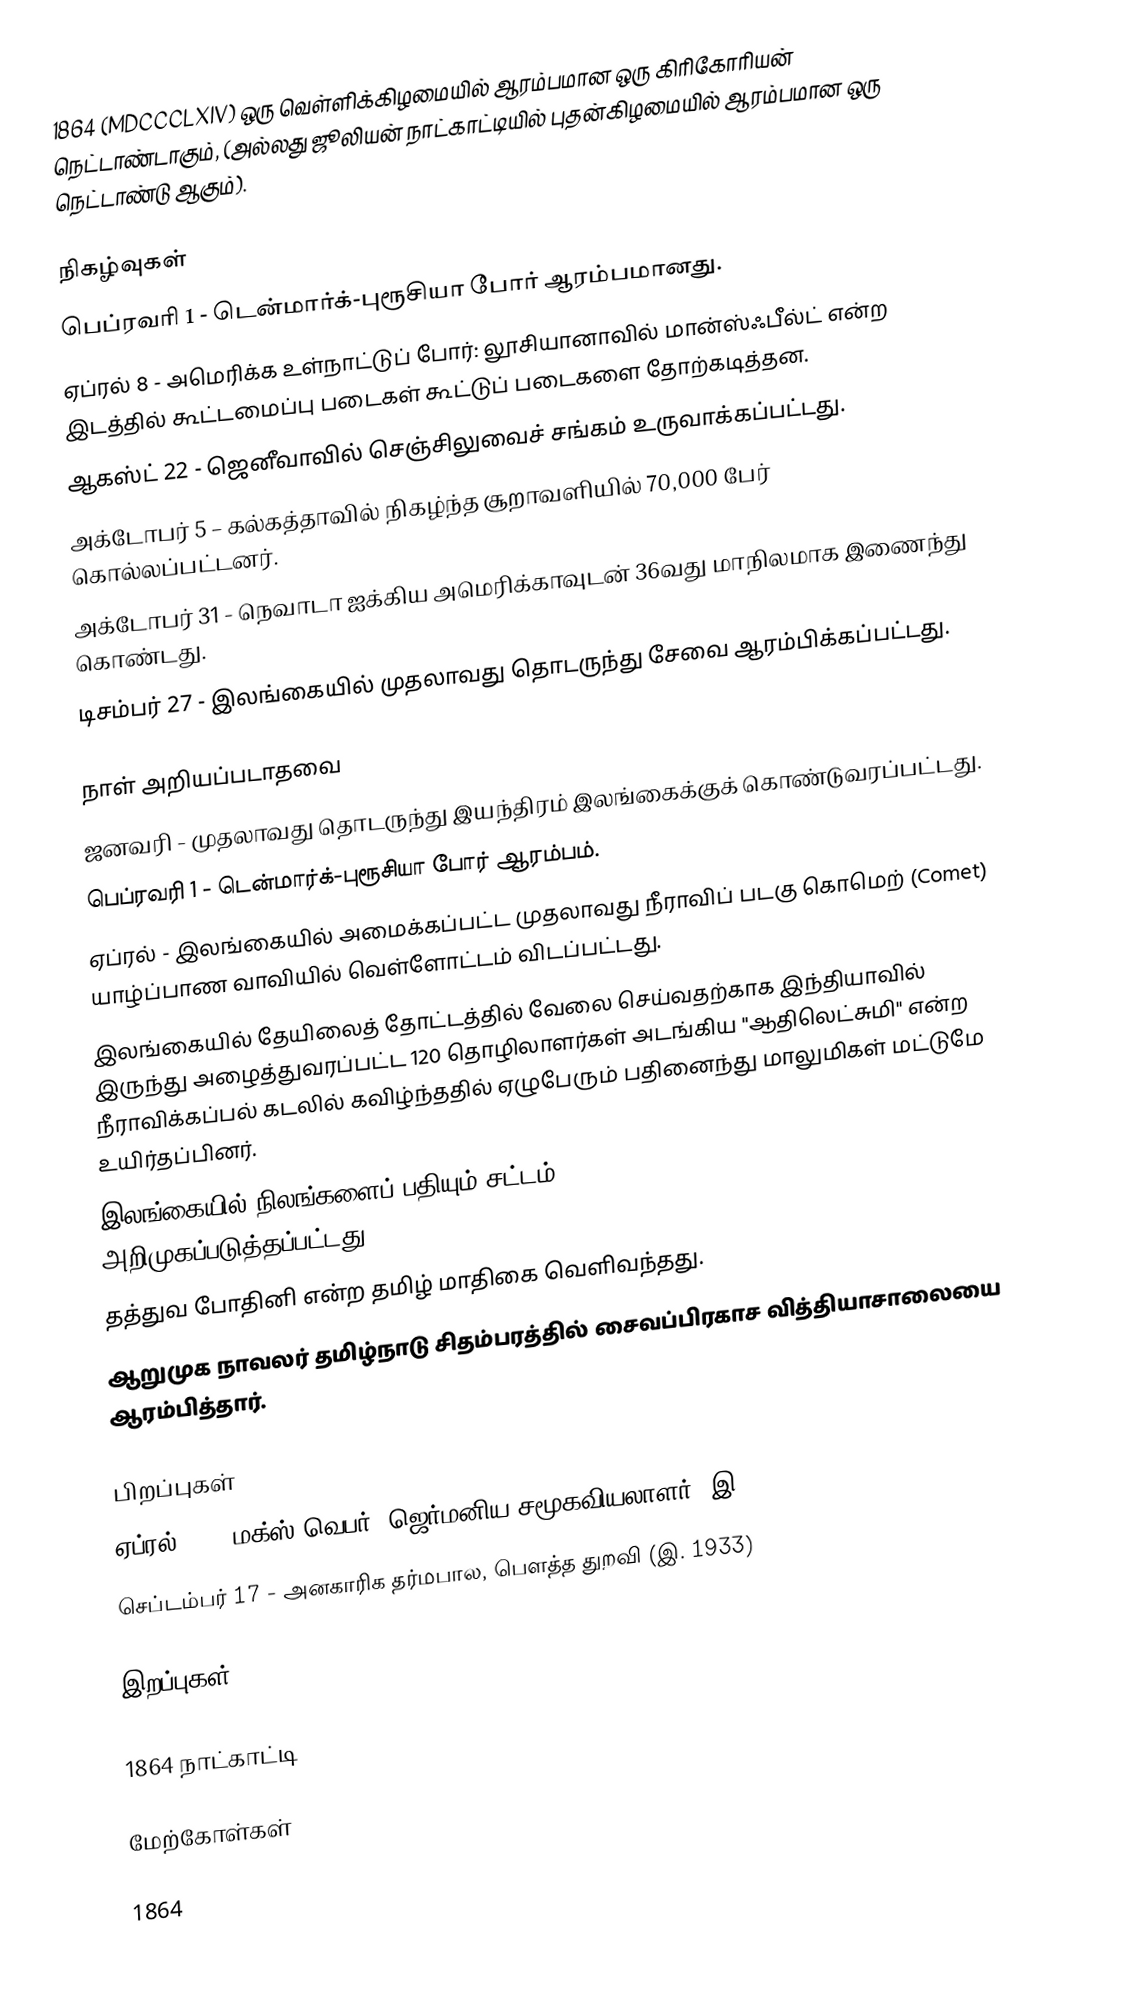
1864 (MDCCCLXIV) ஒரு வெள்ளிக்கிழமையில் ஆரம்பமான ஒரு கிரிகோரியன் நெட்டாண்டாகும், (அல்லது ஜூலியன் நாட்காட்டியில் புதன்கிழமையில் ஆரம்பமான ஒரு நெட்டாண்டு ஆகும்).

நிகழ்வுகள்
 பெப்ரவரி 1 - டென்மார்க்-புரூசியா போர் ஆரம்பமானது.
 ஏப்ரல் 8 - அமெரிக்க உள்நாட்டுப் போர்: லூசியானாவில் மான்ஸ்ஃபீல்ட் என்ற இடத்தில் கூட்டமைப்பு படைகள் கூட்டுப் படைகளை தோற்கடித்தன.
 ஆகஸ்ட் 22 - ஜெனீவாவில் செஞ்சிலுவைச் சங்கம் உருவாக்கப்பட்டது.
 அக்டோபர் 5 – கல்கத்தாவில் நிகழ்ந்த சூறாவளியில் 70,000 பேர் கொல்லப்பட்டனர்.
 அக்டோபர் 31 - நெவாடா ஐக்கிய அமெரிக்காவுடன் 36வது மாநிலமாக இணைந்து கொண்டது.
 டிசம்பர் 27 - இலங்கையில் முதலாவது தொடருந்து சேவை ஆரம்பிக்கப்பட்டது.

நாள் அறியப்படாதவை
 ஜனவரி - முதலாவது தொடருந்து இயந்திரம் இலங்கைக்குக் கொண்டுவரப்பட்டது.
 பெப்ரவரி 1 - டென்மார்க்-புரூசியா போர் ஆரம்பம்.
 ஏப்ரல் - இலங்கையில் அமைக்கப்பட்ட முதலாவது நீராவிப் படகு கொமெற் (Comet) யாழ்ப்பாண வாவியில் வெள்ளோட்டம் விடப்பட்டது.
 இலங்கையில் தேயிலைத் தோட்டத்தில் வேலை செய்வதற்காக இந்தியாவில் இருந்து அழைத்துவரப்பட்ட 120 தொழிலாளர்கள் அடங்கிய "ஆதிலெட்சுமி" என்ற நீராவிக்கப்பல் கடலில் கவிழ்ந்ததில் ஏழுபேரும் பதினைந்து மாலுமிகள் மட்டுமே உயிர்தப்பினர்.
 இலங்கையில் நிலங்களைப் பதியும் சட்டம் (Land Registration) அறிமுகப்படுத்தப்பட்டது.
 தத்துவ போதினி என்ற தமிழ் மாதிகை வெளிவந்தது.
 ஆறுமுக நாவலர் தமிழ்நாடு சிதம்பரத்தில் சைவப்பிரகாச வித்தியாசாலையை ஆரம்பித்தார்.

பிறப்புகள்
 ஏப்ரல் 21 - மக்ஸ் வெபர், ஜெர்மனிய சமூகவியலாளர் (இ. 1920)
 செப்டம்பர் 17 - அனகாரிக தர்மபால, பௌத்த துறவி (இ. 1933)

இறப்புகள்

1864 நாட்காட்டி

மேற்கோள்கள்

1864